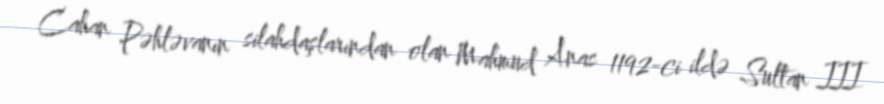
Cahan Pəhləvanın silahdaşlarından olan Mahmud Anas 1192-ci ildə Sultan III